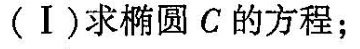
(Ⅰ)求椭圆C的方程；